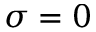
\sigma = 0